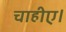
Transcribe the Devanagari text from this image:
चाहीए।